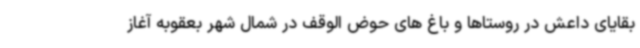
بقایای داعش در روستاها و باغ های حوض الوقف در شمال شهر بعقوبه آغاز